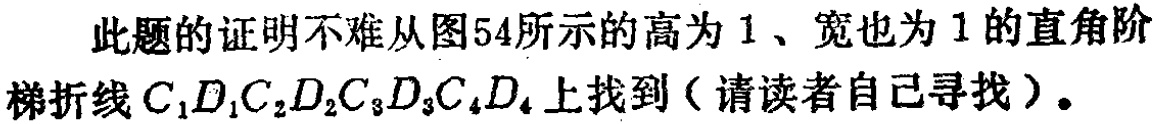
此题的证明不难从图54所示的高为1、宽也为1的直角阶梯折线\(C_{1}D_{1}C_{2}D_{2}C_{3}D_{3}C_{4}D_{4}\)上找到（请读者自己寻找）。